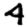
Digit: 4